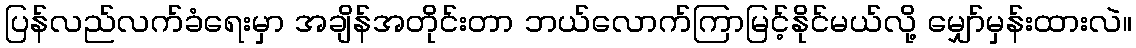
ပြန်လည်လက်ခံရေးမှာ အချိန်အတိုင်းတာ ဘယ်လောက်ကြာမြင့်နိုင်မယ်လို့ မျှော်မှန်းထားလဲ။